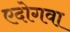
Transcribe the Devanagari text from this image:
एदोगवा